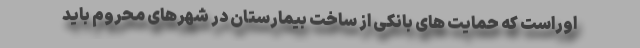
اوراست که حمایت های بانکی از ساخت بیمارستان در شهرهای محروم باید